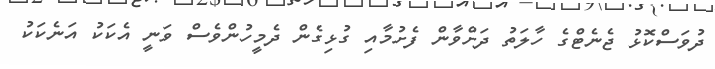
ދުވަސްކޮޅު ޖެނެޓްގެ ހާލަތު ދަށްވާން ފެށުމާއި ގުޅިގެން ދެމީހުންވެސް ވަނީ އެކަކު އަނެކަކު